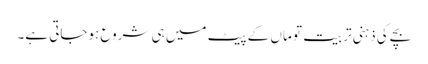
بچے کی ذہنی تربیت تو ماں کے پیٹ میں ہی شروع ہوجاتی ہے۔